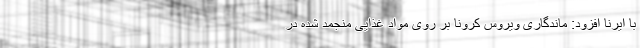
با ایرنا افزود: ماندگاری ویروس کرونا بر روی مواد غذایی منجمد شده در